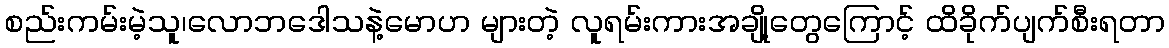
စည်းကမ်းမဲ့သူ၊လောဘဒေါသနဲ့မောဟ များတဲ့ လူရမ်းကားအချို့တွေကြောင့် ထိခိုက်ပျက်စီးရတာ